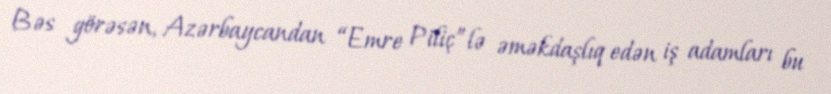
Bəs görəsən, Azərbaycandan “Emre Piliç”lə əməkdaşlıq edən iş adamları bu